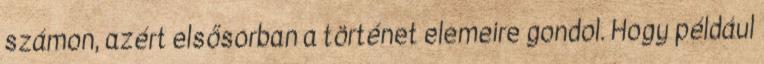
számon, azért elsősorban a történet elemeire gondol. Hogy például